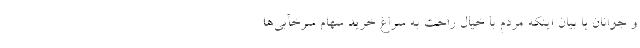
و جوانان با بیان اینکه مردم با خیال راحت به سراغ خرید سهام سرخآبی‌ها